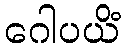
ဂေါပယိံ